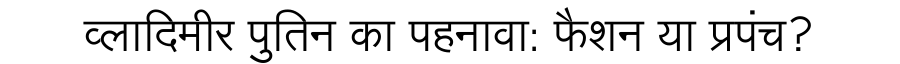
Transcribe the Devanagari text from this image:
व्लादिमीर पुतिन का पहनावा: फैशन या प्रपंच?